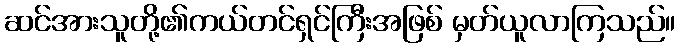
ဆင်အားသူတို့၏ကယ်တင်ရှင်ကြီးအဖြစ် မှတ်ယူလာကြသည်။